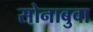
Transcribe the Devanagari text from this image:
सोनाबुवा